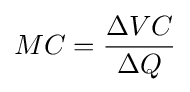
MC={\frac {\Delta VC}{\Delta Q}}